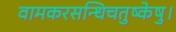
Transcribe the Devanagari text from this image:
वामकरसन्धिचतुष्केषु।